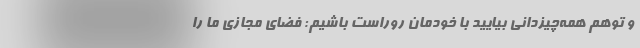
و توهم همه‌چیز‌دانی بیایید با خودمان روراست باشیم: فضای مجازی ما را